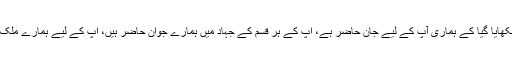
اسی طرح افغانستان کے لیے بھی ہمیں سکھایا گیا کے ہماری آپ کے لیے جان حاضر ہے، اپ کے ہر قسم کے جہاد میں ہمارے جوان حاضر ہیں، اپ کے لیے ہمارے ملک کے ہمیشہ کے لیے دروازے کھلے ہیں۔